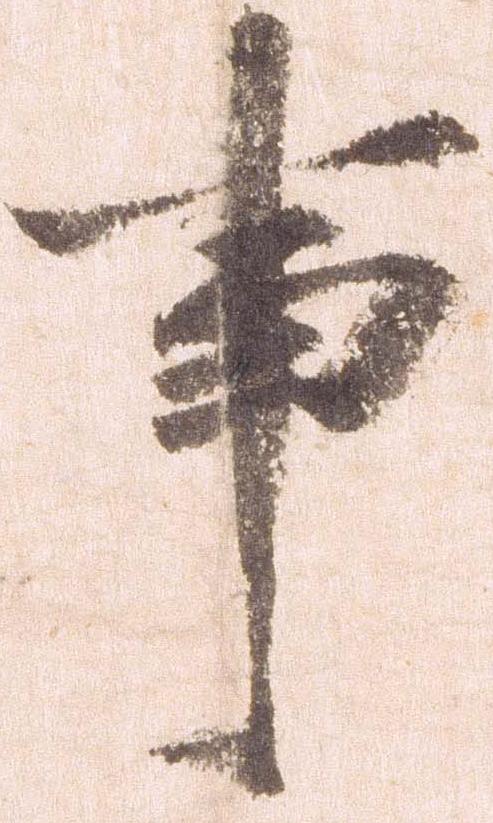
事